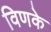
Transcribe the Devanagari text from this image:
विणके